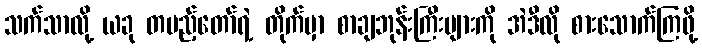
သက်သာလို့ ယခု တပည့်တော်ရဲ့ တိုက်မှာ စာချဘုန်းကြီးများကို အဲဒီလို စားသောက်ကြဖို့